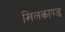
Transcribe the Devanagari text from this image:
खिलकाण्ड